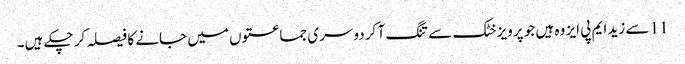
11 سے زید ایم پی ایز وہ ہیں جو پرویز خٹک سے تنگ آ کر دوسری جماعتوں میں جانے کا فیصلہ کر چکے ہیں۔